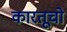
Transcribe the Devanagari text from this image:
कारतूचो